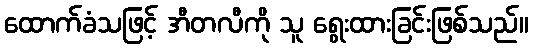
ထောက်ခံသဖြင့် အီတလီကို သူ ရွေးထားခြင်းဖြစ်သည်။